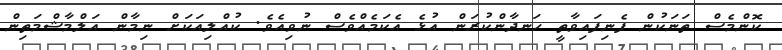
ކޮންމެސް ތަނަކުން ފެނިފައިވާތީ ހަނދާންކުރަން އުޅެ އެކަމެއްވެސް ނުވިއެވެ. ކުއްލިއަކަށް ނިމާން އަލްމާޝްމަތިން